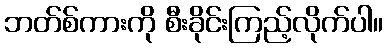
ဘတ်စ်ကားကို စီးခိုင်းကြည့်လိုက်ပါ။